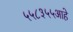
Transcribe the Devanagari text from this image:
५५८३५५आहे